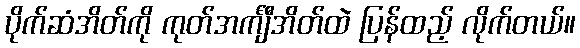
ပိုက်ဆံအိတ်ကို ကုတ်အင်္ကျီအိတ်ထဲ ပြန်ထည့် လိုက်တယ်။